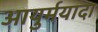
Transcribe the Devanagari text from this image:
आयुर्मयादा